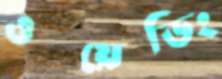
ওয়েডিং